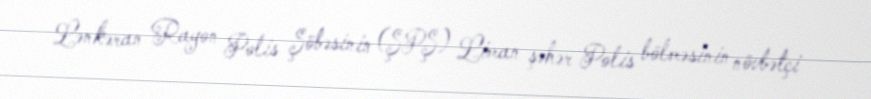
Lənkəran Rayon Polis Şöbəsinin (ŞPŞ) Liman şəhər Polis bölməsinin növbətçi